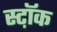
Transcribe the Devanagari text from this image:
स्ट़ॉक